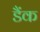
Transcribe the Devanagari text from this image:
डैंक